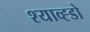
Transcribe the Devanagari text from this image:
श्याव्ह्डो